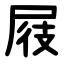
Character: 屐